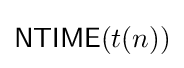
{\mathsf {NTIME}}(t(n))